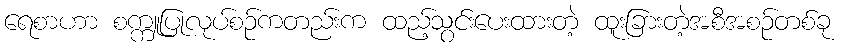
ရေစာဟာ စက္ကူပြုလုပ်စဉ်ကတည်းက ထည့်သွင်းပေးထားတဲ့ ထူးခြားတဲ့အစီအစဉ်တစ်ခု